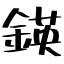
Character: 鍈